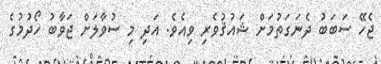
ޖެހޭ ސަބަބު ދެނަގަތުމަށް ޝައުޤުވެރި ވިއެވެ. އަދި މި ސުވާލަށް ޖަވާބު ހޯދުމުގެ